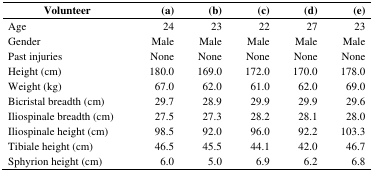
| Volunteer | (a) | (b) | (c) | (d) | (e) |
 | --- | --- | --- | --- | --- | --- |
 | Age | 24 | 23 | 22 | 27 | 23 |
 | Gender | Male | Male | Male | Male | Male |
 | Past injuries | None | None | None | None | None |
 | Height (cm) | 180.0 | 169.0 | 172.0 | 170.0 | 178.0 |
 | Weight (kg) | 67.0 | 62.0 | 61.0 | 62.0 | 69.0 |
 | Bicristal breadth (cm) | 29.7 | 28.9 | 29.9 | 29.9 | 29.6 |
 | Iliospinale breadth (cm) | 27.5 | 27.3 | 28.2 | 28.1 | 28.0 |
 | Iliospinale height (cm) | 98.5 | 92.0 | 96.0 | 92.2 | 103.3 |
 | Tibiale height (cm) | 46.5 | 45.5 | 44.1 | 42.0 | 46.7 |
 | Sphyrion height (cm) | 6.0 | 5.0 | 6.9 | 6.2 | 6.8 |